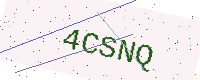
Text: 4CSNQ